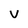
Character: V